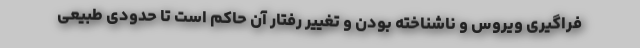
فراگیری ویروس و ناشناخته بودن و تغییر رفتار آن حاکم است تا حدودی طبیعی